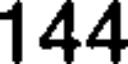
144